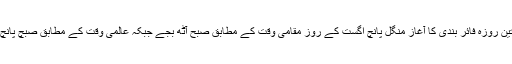
غزہ ميں تين روزہ فائر بندی کا آغاز منگل پانچ اگست کے روز مقامی وقت کے مطابق صبح آٹھ بجے جبکہ عالمی وقت کے مطابق صبچ پانچ بجے ہوا۔